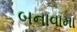
બનાવામા